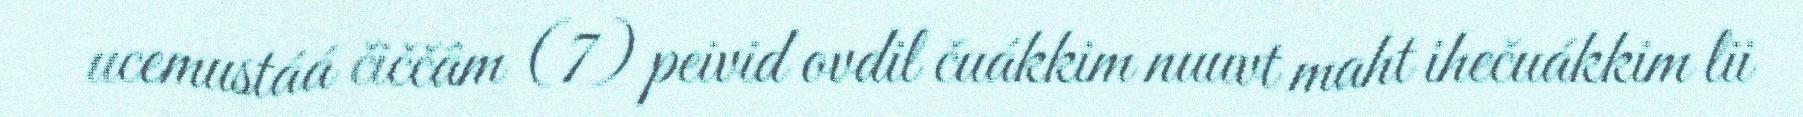
ucemustáá čiččâm (7) peivid ovdil čuákkim nuuvt maht ihečuákkim lii